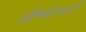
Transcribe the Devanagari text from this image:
ऑम्लेटसाठी